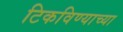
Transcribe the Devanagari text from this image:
टिकविण्याच्या